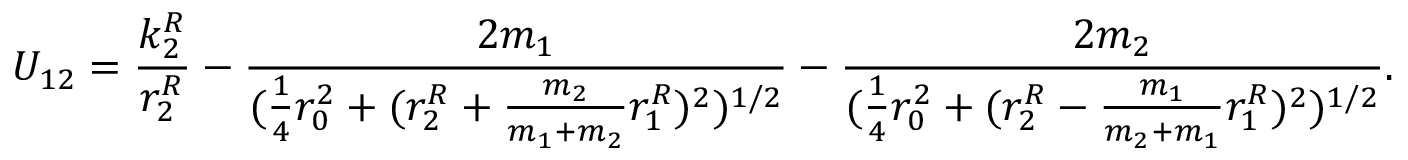
U _ { 1 2 } = \frac { k _ { 2 } ^ { R } } { r _ { 2 } ^ { R } } - \frac { 2 m _ { 1 } } { ( \frac { 1 } { 4 } r _ { 0 } ^ { 2 } + ( r _ { 2 } ^ { R } + \frac { m _ { 2 } } { m _ { 1 } + m _ { 2 } } r _ { 1 } ^ { R } ) ^ { 2 } ) ^ { 1 / 2 } } - \frac { 2 m _ { 2 } } { ( \frac 1 4 r _ { 0 } ^ { 2 } + ( r _ { 2 } ^ { R } - \frac { m _ { 1 } } { m _ { 2 } + m _ { 1 } } r _ { 1 } ^ { R } ) ^ { 2 } ) ^ { 1 / 2 } } .